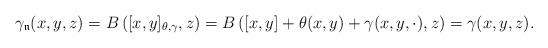
LaTeX: \begin{gather*}\gamma_{\mathfrak n}(x,y,z)=B\left([x,y]_{\theta,\gamma},z \right)=B\left([x,y]+\theta(x,y)+\gamma(x,y,\cdot),z \right)=\gamma(x,y,z).\end{gather*}